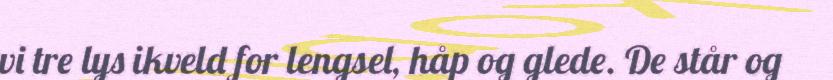
vi tre lys ikveld for lengsel, håp og glede. De står og